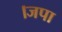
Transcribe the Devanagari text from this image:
।जपा